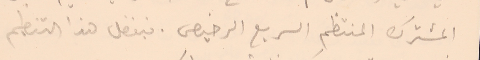
المشترك المنتظم السريع الرخيص. فبفضل هذا التنظيم